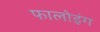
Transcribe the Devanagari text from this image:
फालोइंग